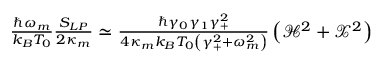
\begin{array} { r } { \frac { \hbar \omega _ { m } } { k _ { B } T _ { 0 } } \frac { S _ { L P } } { 2 \kappa _ { m } } \simeq \frac { \hbar \gamma _ { 0 } \gamma _ { 1 } \gamma _ { + } ^ { 2 } } { 4 \kappa _ { m } k _ { B } T _ { 0 } \left( \gamma _ { + } ^ { 2 } + \omega _ { m } ^ { 2 } \right) } \left( \mathcal { H } ^ { 2 } + \mathcal { X } ^ { 2 } \right) } \end{array}